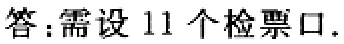
答：需设 11 个检票口.